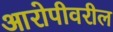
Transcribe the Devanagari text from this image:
आरोपीवरील